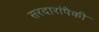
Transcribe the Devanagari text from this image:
सरदारांपैकी